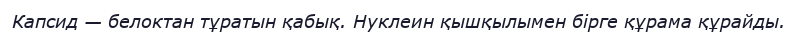
Капсид — белоктан тұратын қабық. Нуклеин қышқылымен бірге құрама құрайды.